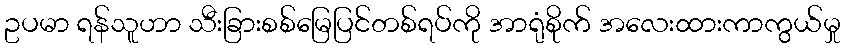
ဥပမာ ရန်သူဟာ သီးခြားစစ်မြေပြင်တစ်ရပ်ကို အာရုံစိုက် အလေးထားကာကွယ်မှု